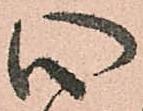
心